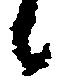
候